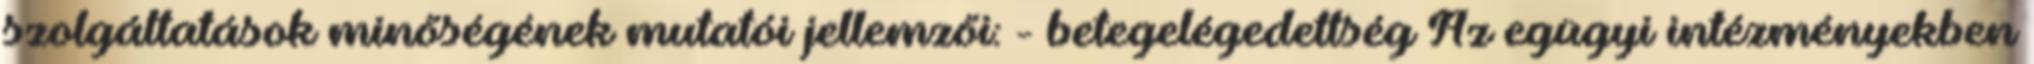
szolgáltatások minőségének mutatói jellemzői: - betegelégedettség Az egügyi intézményekben